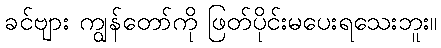
ခင်ဗျား ကျွန်တော်ကို ဖြတ်ပိုင်းမပေးရသေးဘူး။